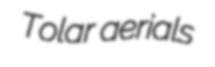
Tolar aerials